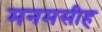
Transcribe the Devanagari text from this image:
मनमसीह